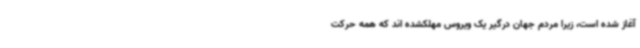
آغاز شده است، زیرا مردم جهان درگیر یک ویروس مهلکشده اند که همه حرکت